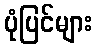
ပုံပြင်များ